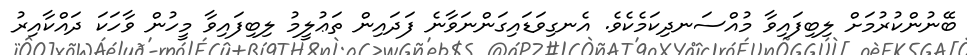
ބޭނުންކުރުމަށް ލިބިފައިވާ މުއްސަނދިކަމެކެވެ. އެނގިވަޑައިގަންނަވާނެ ފަދައިން ތަޢުލީމު ލިބިފައިވާ މީހުން ވާހަކަ ދައްކާއިރު